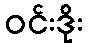
ဝင်းဒိုး